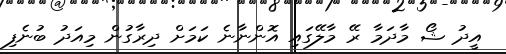
އީދު ޝޯ މާދަމާ ރޭ މާލޭގައި އޮންނާނެ ކަމަށް ދިރާގުން މިއަދު ބުނެފި